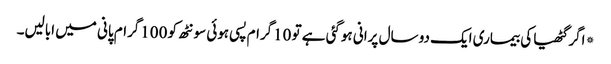
*اگر گٹھیا کی بیماری ایک دو سال پرانی ہوگئی ہے تو 10گرام پسی ہوئی سونٹھ کو 100گرام پانی میں ابالیں۔